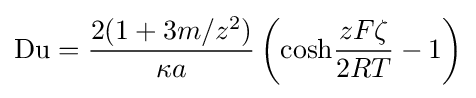
{\rm {Du}}={\frac {2(1+3m/z^{2})}{{\kappa }a}}\left(\mathrm {cosh} {\frac {zF\zeta }{2RT}}-1\right)